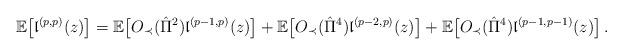
LaTeX: \begin{align*}\mathbb{E}\big[ \mathfrak{l}^{(p,p)} (z)\big]=\mathbb{E}\big[O_\prec(\hat{\Pi}^2)\mathfrak{l}^{(p-1,p)} (z)\big]+\mathbb{E}\big[O_\prec(\hat{\Pi}^4) \mathfrak{l}^{(p-2,p)} (z)\big]+\mathbb{E}\big[O_\prec(\hat{\Pi}^4) \mathfrak{l}^{(p-1,p-1)}(z)\big]\,.\end{align*}